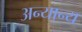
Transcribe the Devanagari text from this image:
अन्‍यान्‍य